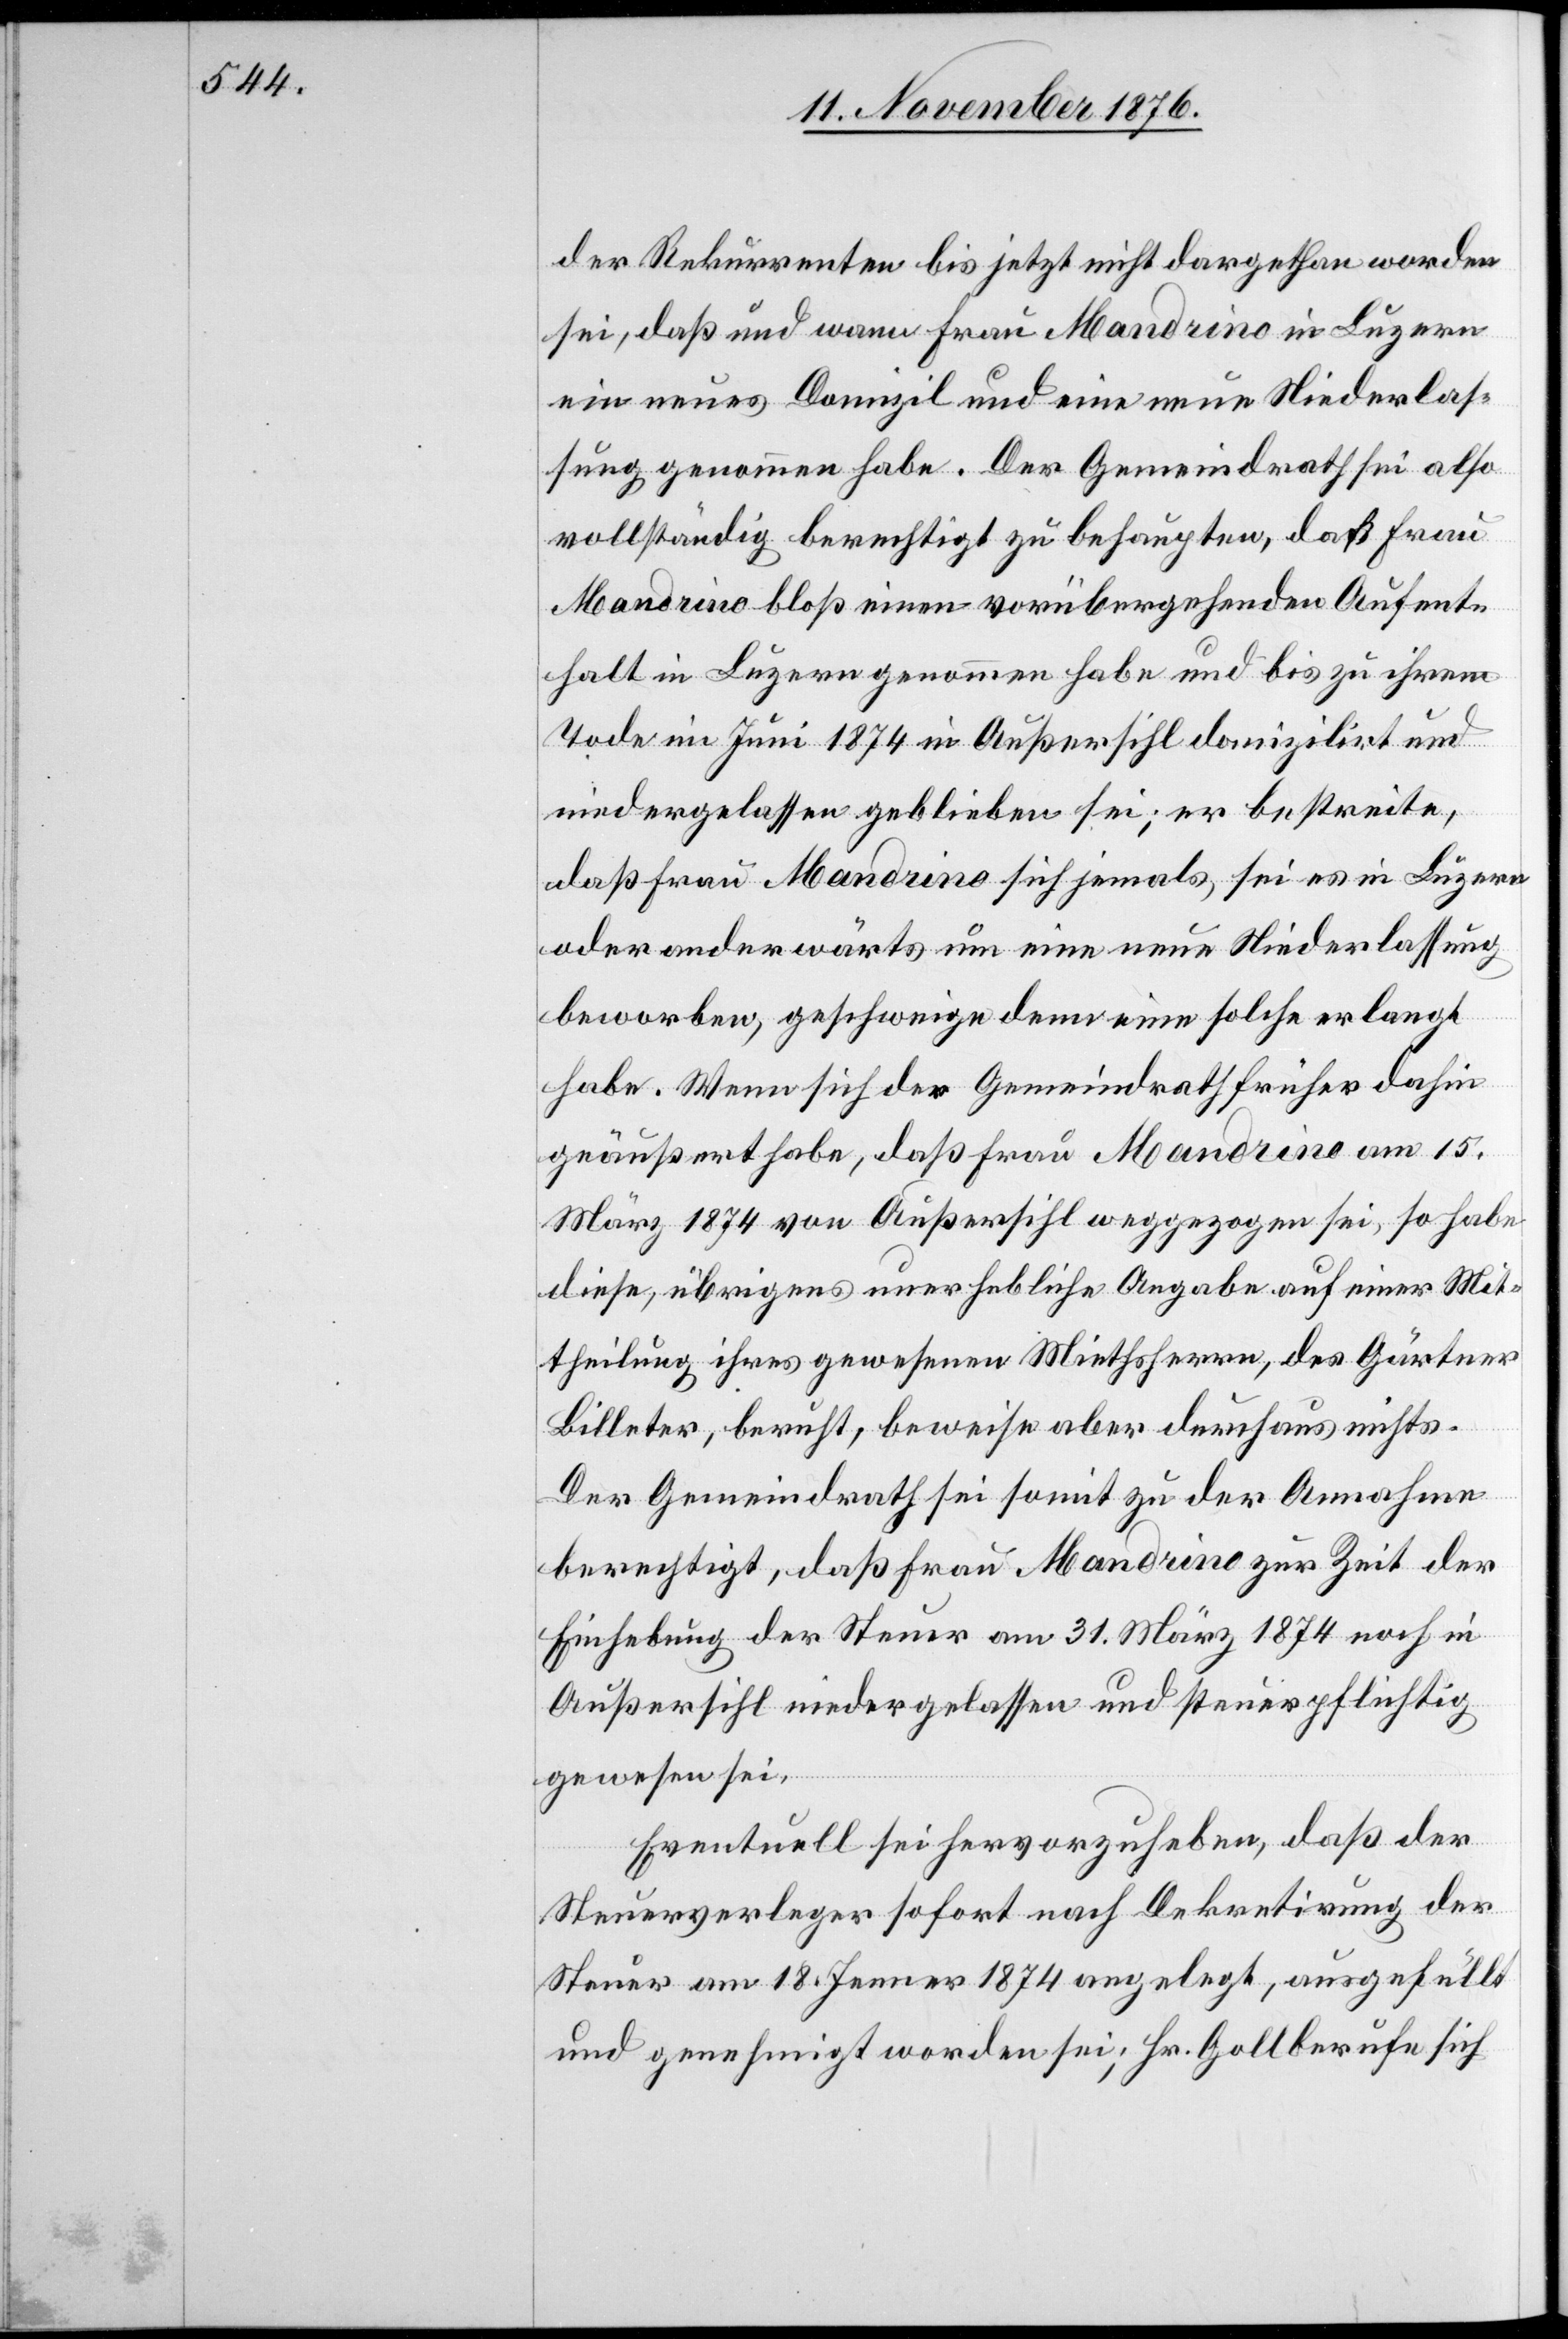
der Rekurrenten bis jetzt nicht dargethan worden
sei, daß und wann Frau Mandrino in Luzern
ein neues Domizil und eine neue Niederlas¬
sung genommen habe. Der Gemeindrath sei also
vollständig berechtigt zu behaupten, daß Frau
Mandrino bloß einen vorübergehenden Aufent¬
halt in Luzern genommen habe und bis zu ihrem
Tode im Juni 1874 in Außersihl domizilirt und
niedergelassen geblieben sei; er bestreite,
daß Frau Mandrino sich jemals, sei es in Luzern
oder anderwärts um eine neue Niederlassung
beworben, geschweige denn eine solche erlangt
habe. Wenn sich der Gemeindrath früher dahin
geäußert habe, daß Frau Mandrino am 15.
März 1874 von Außersihl weggezogen sei, so habe
diese, übrigens unerhebliche Angabe auf einer Mit¬
theilung ihres gewesenen Miethsherrn, des Gärtner
Billeter, beruht, beweise aber durchaus nichts.
Der Gemeindrath sei somit zu der Annahme
berechtigt, daß Frau Mandrino zur Zeit der
Einhebung der Steuer am 31. März 1874 noch in
Außersihl niedergelassen und steuerpflichtig
gewesen sei.
Eventuell sei hervorzuheben, daß der
Steuerverleger sofort nach Dekretirung der
Steuer am 18. Jenner 1874 angelegt, ausgefällt
und genehmigt worden sei; Hr. Goll berufe sich